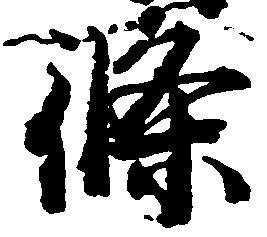
条